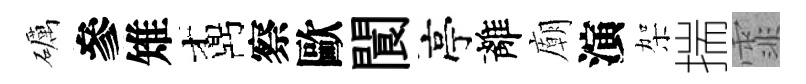
礪參雉鼒察歐閬亭離廟演架揣霏